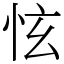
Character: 怰